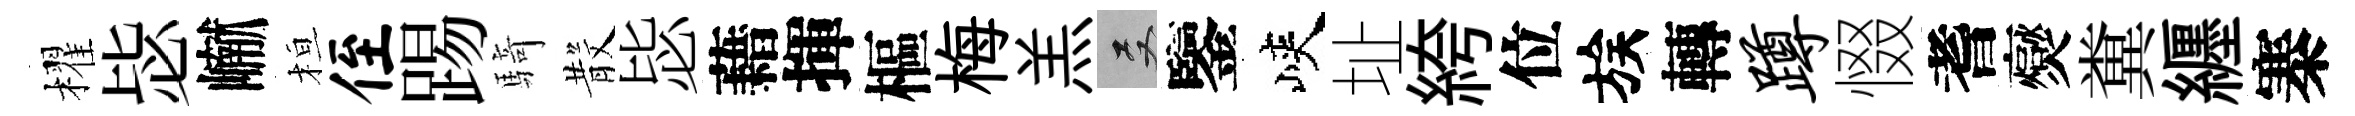
櫂毖𪩘桓侄踢騎𣪚毖藉揮樞梅羔双鑒峽址絝位族轉蹲惙耆爕糞纒寨